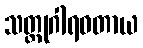
သတ္ထုဂါရဝတာယ